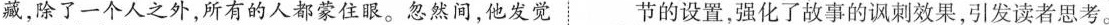
藏，除了一个人之外，所有的人都蒙住眼。忽然间，他发觉节的设置，强化了故事的讽刺效果，引发读者思考。